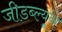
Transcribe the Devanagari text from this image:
जीडब्ल्यूके